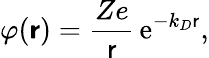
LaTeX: \varphi(\boldsymbol{\mathsf{r}})=\frac{{Ze}}{{\mathsf{r}}}\, \mathrm{{e}}^{-k_{D}\mathsf{r}},